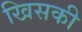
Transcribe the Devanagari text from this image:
खिसकी